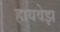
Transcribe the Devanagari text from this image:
हायवेझ